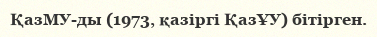
ҚазМУ-ды (1973, қазіргі ҚазҰУ) бітірген.